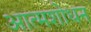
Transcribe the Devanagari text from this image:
आत्मशोधन